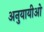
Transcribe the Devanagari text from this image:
अनुयायीओ